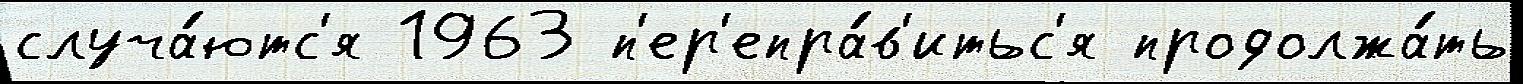
случа́ютс'я 1963 п'ер'епра́в'итьс'я продолжа́ть